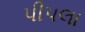
પીપલા